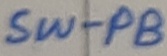
Text: SW-PB